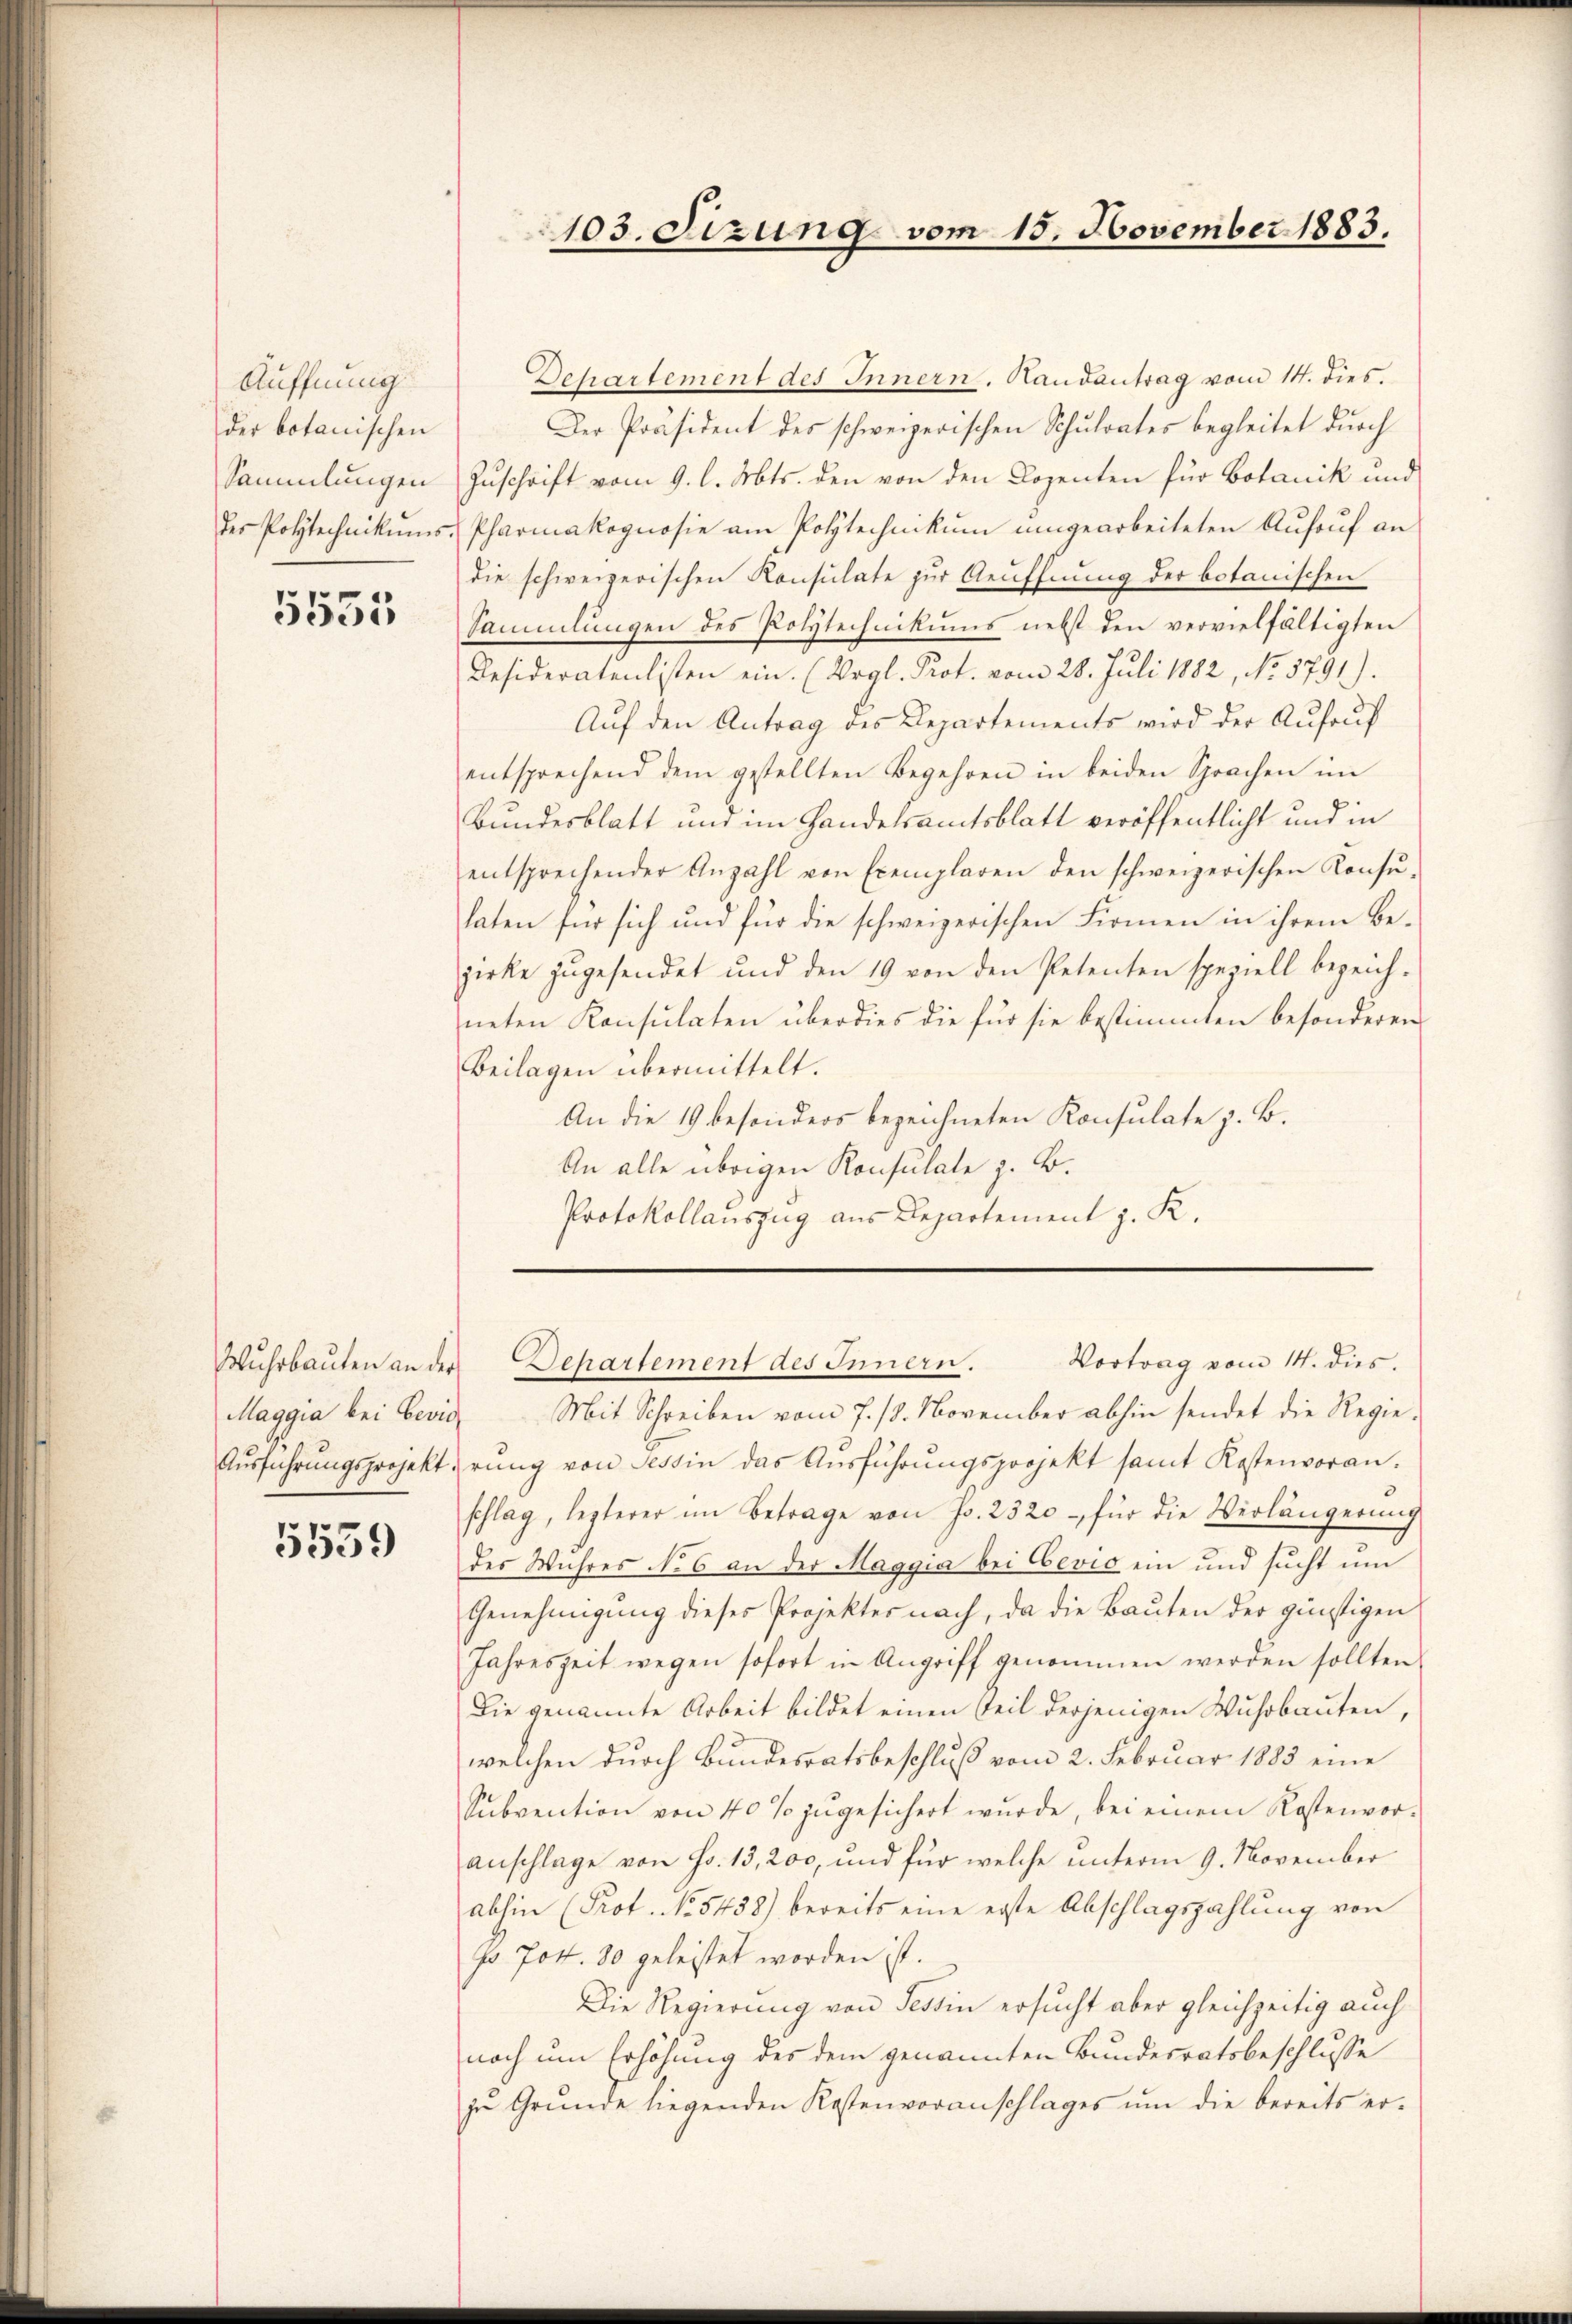
Äuffnung
der botanischen
Sammlungen

5535

Maggia bei Bević

5559

Departement des Innern. Handantrag vom 14. dies.
Der Präsident des schweizerischen Schulrates begleitet durch
Zuschrift vom 9. l. Mts. den von den Dozenten für Botanik und
der Polytechnikums-Pharmakognosie am Polytechnikum umgearbeiteten Aufruf an
die schweizerischen Konsulate zur Aeuffnung der botanischen
Sammlungen des Polytechnikums nebst den vervielfältigten
Resideratenlisten ein. (Vogl. Prot. vom 28. Juli 1882, No. 5791).
Auf den Antrag des Departements wird der Aufruf
entsprechend dem gestellten Begehren in beiden Sprachen im
Bundesblatt und im Handelsamtsblatt veröffentlicht und in
entsprechender Anzahl von Exemplaren den schweizerischen Konsŭ-
haten für sich und für die schweizerischen Firmen in ihrem Bezirke zŭgesendet und den 19 von den Petenten speziell bezeich-
neten Konsulaten überdies die für sie bestimmten besonderen
Beilagen übermittelt.
An die 19 besonders bezeichneten Konsulate z. B.
An alle übrigen Konsulate z. B.
Protokollauszug aus Departement z. K.

Mit Schreiben vom 7. 18. November abhin sendet die Regie¬
Aŭsführŭngsprojektirŭng von Tessin das Aŭsführŭngsprojekt samt Kostenvoran-
schlag, lezterer im Betrage von J. 2320 - für die Verlängerŭng
des Wuhres No 6 an der Maggia bei Cevio ein und sucht um
Genehmigung dieses Projektes nach, da die Bauten der günstigen
Jahreszeit wegen sofort in Angriff genommen werden sollten
Die genannte Arbeit bildet einen Teil derjenigen Wuhrbauten,
welchen durch Bundesratsbeschluß vom 2. Februar 1883 eine
Subvention von 40% zŭgesichert wurde, bei einem Kostenvor-
anschlage von Fr. 13,200, und für welche unterm 9. November
abhin (Prot. No 5458) bereits eine erste Abschlagszahlung von
p. 704. 30 geleistet worden ist.
Die Regierung von Tessin ersucht aber gleichzeitig auch
noch um Erhöhung des dem genannten Bundesratsbeschlusse
zŭ Grŭnde liegenden Kostenvoranschlages ŭm die bereits er-

103. Sizung vom 15. November 1883.

Vortrag vom 14. dies.
Wŭhrbaŭten an der Departement des Innern.